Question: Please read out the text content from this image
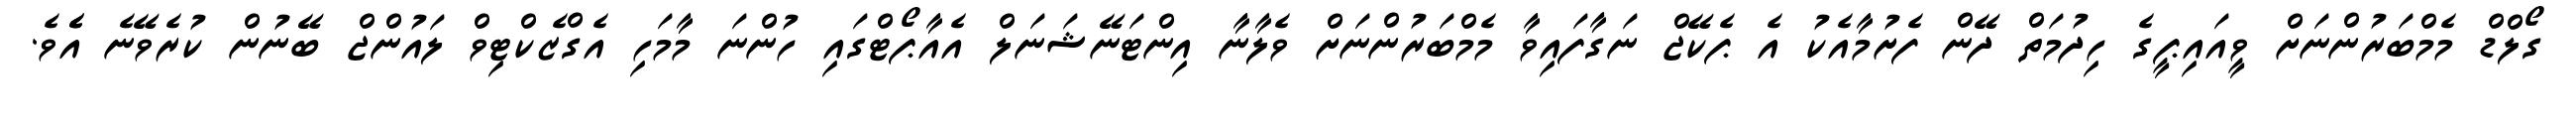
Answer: ގޯލްޑް މެމްބަރުންނަށް ވީއައިޕީގެ ހިދުމަތް ދޭން ފެށުމާއެކު އެ ޕެކޭޖް ނަގާފައިވާ މެމްބަރުންނަށް ވެލާނާ އިންޓަނޭޝަނަލް އެއާޕޯޓްގައި ހުންނަ މާމަހި އެގްޒެކްޓިވް ލައުންޖް ބޭނުން ކުރެވޭނެ އެެވެ.